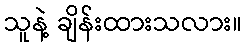
သူနဲ့ ချိန်းထားသလား။